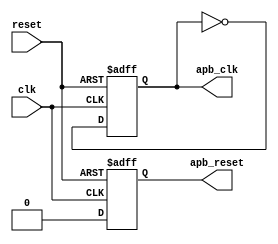
module timing_control(
    input wire clk,  // Clock signal
    input wire reset,  // Reset signal
    output reg apb_clk,  // APB bus clock
    output reg apb_reset,  // APB bus reset signal
    // Add other timing signals as needed
    
    // Add other input/output signals as needed
);

// Clock generation module
always @(posedge clk or posedge reset) begin
    if(reset) begin
        apb_clk <= 1'b0;
    end else begin
        apb_clk <= ~apb_clk;
    end
end

// Reset generation module
always @(posedge clk or posedge reset) begin
    if(reset) begin
        apb_reset <= 1'b1;
    end else begin
        apb_reset <= 1'b0;
    end
end

// Add other timing signal generation code as needed

// Synchronization module
// Add synchronization logic to ensure proper data transfer between the controller and peripherals

endmodule